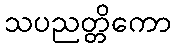
သပညတ္တိကော